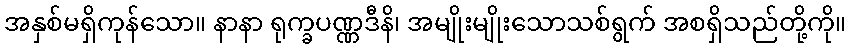
အနှစ်မရှိကုန်သော။ နာနာ ရုက္ခပဏ္ဏဒီနိ၊ အမျိုးမျိုးသောသစ်ရွက် အစရှိသည်တို့ကို။